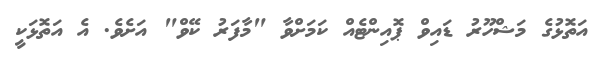
އަތޮޅުގެ މަޝްހޫރު ޑައިވް ޕޮއިންޓެއް ކަމަށްވާ "މާފަރު ކޭވް" އަށެވެ. އެ އަތޮޅަކީ